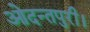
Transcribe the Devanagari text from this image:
ओदन्तपुरी।